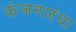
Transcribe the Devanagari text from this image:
कंजनजंघा